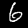
Label: 6